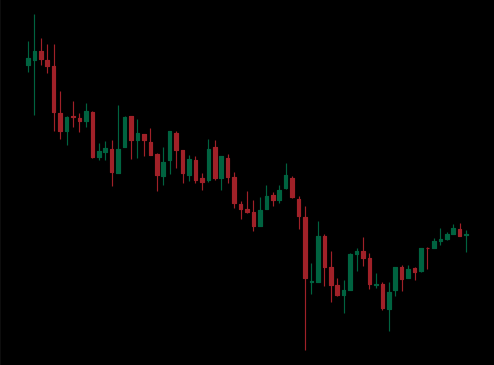
Pattern: bull_flag